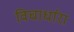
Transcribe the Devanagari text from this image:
विचार्धारा